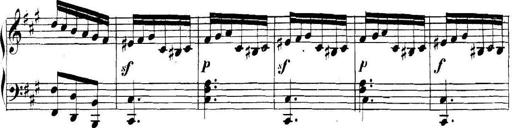
Title: Collected Piano Sonatas
Composer: Muzio Clementi